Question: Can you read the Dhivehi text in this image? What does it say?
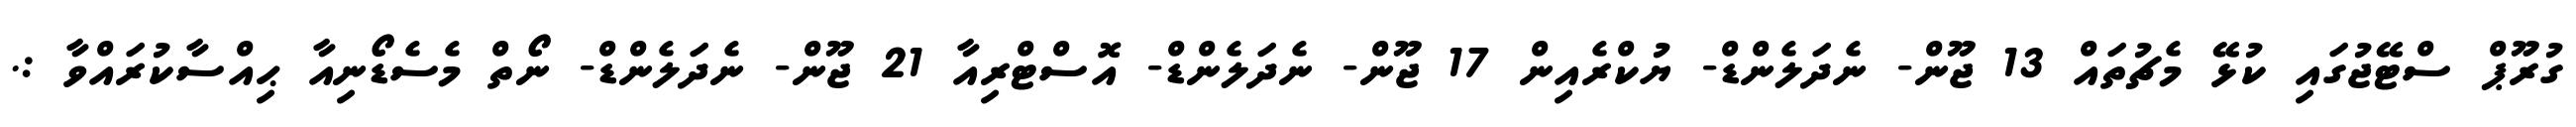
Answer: ގުރޫޕް ސްޓޭޖުގައި ކުޅޭ މެޗުތައް 13 ޖޫން- ނެދަލެންޑް- ޔުކްރެއިން 17 ޖޫން- ނެދަލެންޑް- އޮސްޓްރިއާ 21 ޖޫން- ނެދަލެންޑް- ނޯތް މެސެޑޯނިއާ ޙިއްސާކުރައްވާ :.